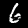
Label: 6